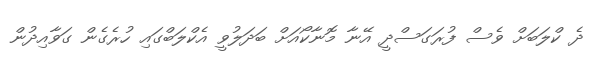
ދެ ކްލަބަށް ވެސް ފުރަގަސްދީ އޭނާ މޮނާކޯއަށް ބަދަލުވީ އެކްލަބްގައި ހުރެގެން ގަވާއިދުން